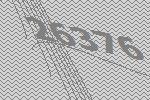
26376